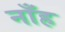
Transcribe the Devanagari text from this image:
नाँह